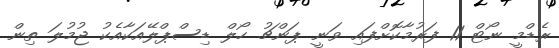
ރެޑްމީ ނޯޓް 11 ފަރުމާކޮށްފައި ވަނީ ޕަންޗު ހޯލް ޑިސްޕްލޭއަކާއެކު ޖުމުލަ ތިން